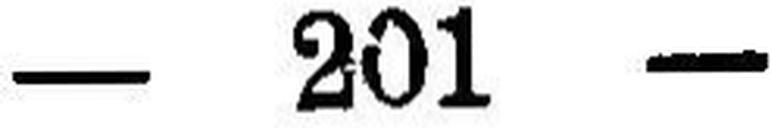
— 201 —